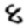
Digit: 8